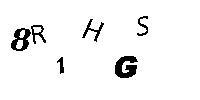
8R1HGS